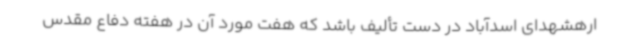
ارهشهدای اسدآباد در دست تألیف باشد که هفت مورد آن در هفته دفاع مقدس